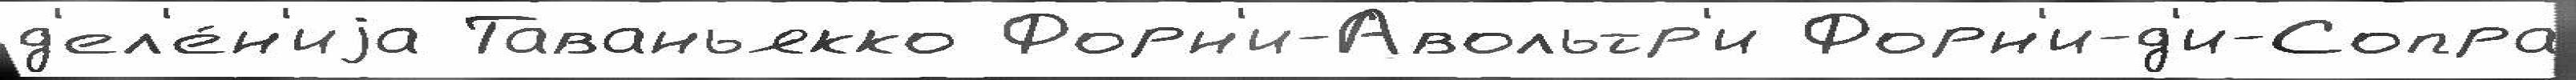
д'ел'е́н'иjа Таваньякко Форн'и-Авольтр'и Форн'и-д'и-Сопра